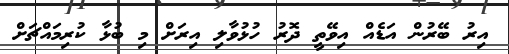
އިރު ބޭރުން އަޑެއް އިވޭތީ ދޮރު ހުޅުވާލި އިރަށް މި ބުޅާ ކުރިމައްޗަށް